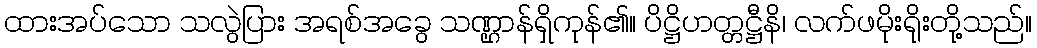
ထားအပ်သော သလွဲပြား အရစ်အခွေ သဏ္ဌာန်ရှိကုန်၏။ ပိဋ္ဌိဟတ္တဋ္ဌီနိ၊ လက်ဖမိုးရိုးတို့သည်။